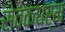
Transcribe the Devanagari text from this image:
सेवकधर्म